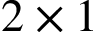
2 \times 1